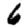
Digit: 6